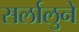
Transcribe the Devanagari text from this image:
सर्लालुने